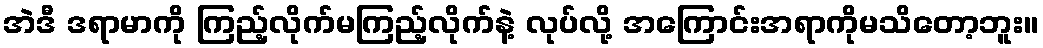
အဲဒီ ဒရာမာကို ကြည့်လိုက်မကြည့်လိုက်နဲ့ လုပ်လို့ အကြောင်းအရာကိုမသိတော့ဘူး။